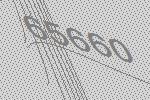
65660